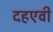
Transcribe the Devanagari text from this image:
दहएवी